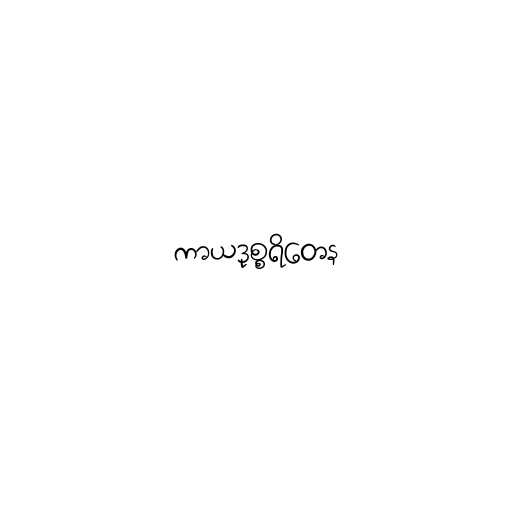
ကာယဒုစ္စရိတေန